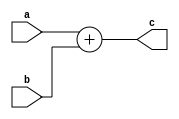
`timescale 1ns / 1ps
//////////////////////////////////////////////////////////////////////////////////
// Company: 
// Engineer: 
// 
// Design Name: 
// Module Name: half_adder_6bit
// Project Name: 
// Target Devices: 
// Tool Versions: 
// Description: 
// 
// Dependencies: 
// 
// Revision:
// Revision 0.01 - File Created
// Additional Comments:
// 
//////////////////////////////////////////////////////////////////////////////////


module half_adder_6bit(
    input [5:0] a,
    input [5:0] b,
    output [5:0] c
    );
     assign c =a+b;
endmodule